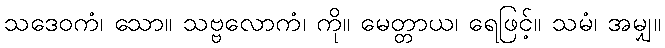
သဒေဝကံ၊ သော။ သဗ္ဗလောကံ၊ ကို။ မေတ္တာယ၊ ရေဖြင့်။ သမံ၊ အမျှ။